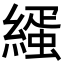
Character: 𦄦